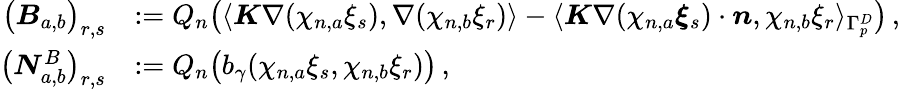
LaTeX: \begin{array}{rl}{\big(\boldsymbol B_{{a},{b}}\big)_{r,s}}&{:=Q_{n}\big(\langle\boldsymbol K\nabla(\chi_{n,a}\xi_{s}),\nabla(\chi_{n,b}\xi_{r})\rangle-\langle\boldsymbol K\nabla(\chi_{n,a}\boldsymbol\xi_{s})\cdot\boldsymbol n,\chi_{n,b}\xi_{r}\rangle_{\Gamma_{p}^{D}}\big)\, ,}\\ {\big(\boldsymbol N_{{a},{b}}^{B}\big)_{r,s}}&{:=Q_{n}\big(b_{\gamma}(\chi_{n,a}\xi_{s},\chi_{n,b}\xi_{r})\big)\, ,}\end{array}